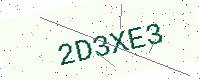
Text: 2D3XE3